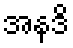
အနဒိ